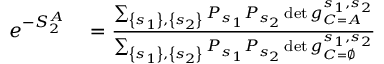
\begin{array} { r l } { e ^ { - S _ { 2 } ^ { A } } } & { { } = \frac { \sum _ { \left\{ s _ { 1 } \right\} , \left\{ s _ { 2 } \right\} } P _ { s _ { 1 } } P _ { s _ { 2 } } \operatorname* { d e t } g _ { C = A } ^ { s _ { 1 } , s _ { 2 } } } { \sum _ { \left\{ s _ { 1 } \right\} , \left\{ s _ { 2 } \right\} } P _ { s _ { 1 } } P _ { s _ { 2 } } \operatorname* { d e t } g _ { C = \varnothing } ^ { s _ { 1 } , s _ { 2 } } } } \end{array}